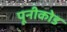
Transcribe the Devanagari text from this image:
पूनीकोड